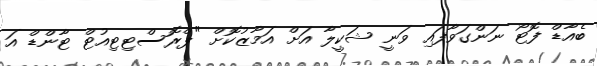
ބެއާޑް ފޮޓޯ ނަންގަވާފައި ވަނީ ޝަކީލާ އަށް އަމާޒުކޮށް "ޕްރޮސްޓިޓިއުޓް ޓާންޑް އަ